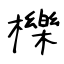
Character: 櫟